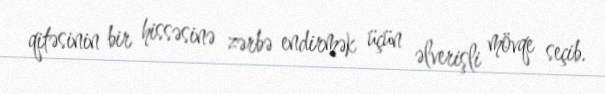
qitəsinin bir hissəsinə zərbə endirmək üçün əlverişli mövqe seçib.